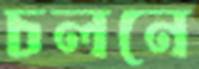
চলনে